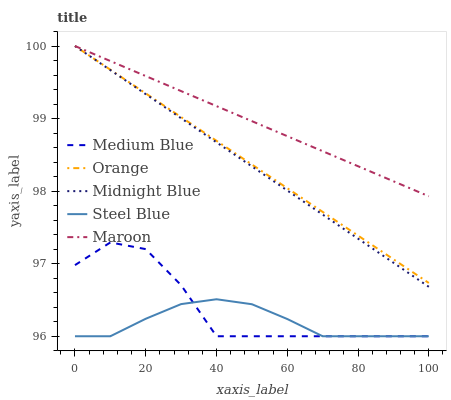
| xaxis_label | Medium Blue | Orange | Midnight Blue | Steel Blue | Maroon |
 | --- | --- | --- | --- | --- | --- |
 | 0 | 97 | 100 | 100 | 96 | 100 |
 | 10 | 97.3 | 99.7 | 99.7 | 96 | 99.8 |
 | 20 | 97.2 | 99.3 | 99.3 | 96.2 | 99.6 |
 | 30 | 96.7 | 99 | 99 | 96.4 | 99.4 |
 | 40 | 96 | 98.7 | 98.7 | 96.5 | 99.2 |
 | 50 | 96 | 98.4 | 98.3 | 96.4 | 99 |
 | 60 | 96 | 98 | 98 | 96.2 | 98.8 |
 | 70 | 96 | 97.7 | 97.7 | 96 | 98.6 |
 | 80 | 96 | 97.4 | 97.3 | 96 | 98.3 |
 | 90 | 96 | 97.1 | 97 | 96 | 98.1 |
 | 100 | 96 | 96.7 | 96.7 | 96 | 97.9 |